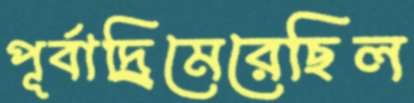
পূর্বাদ্র্রিমেরেছিল